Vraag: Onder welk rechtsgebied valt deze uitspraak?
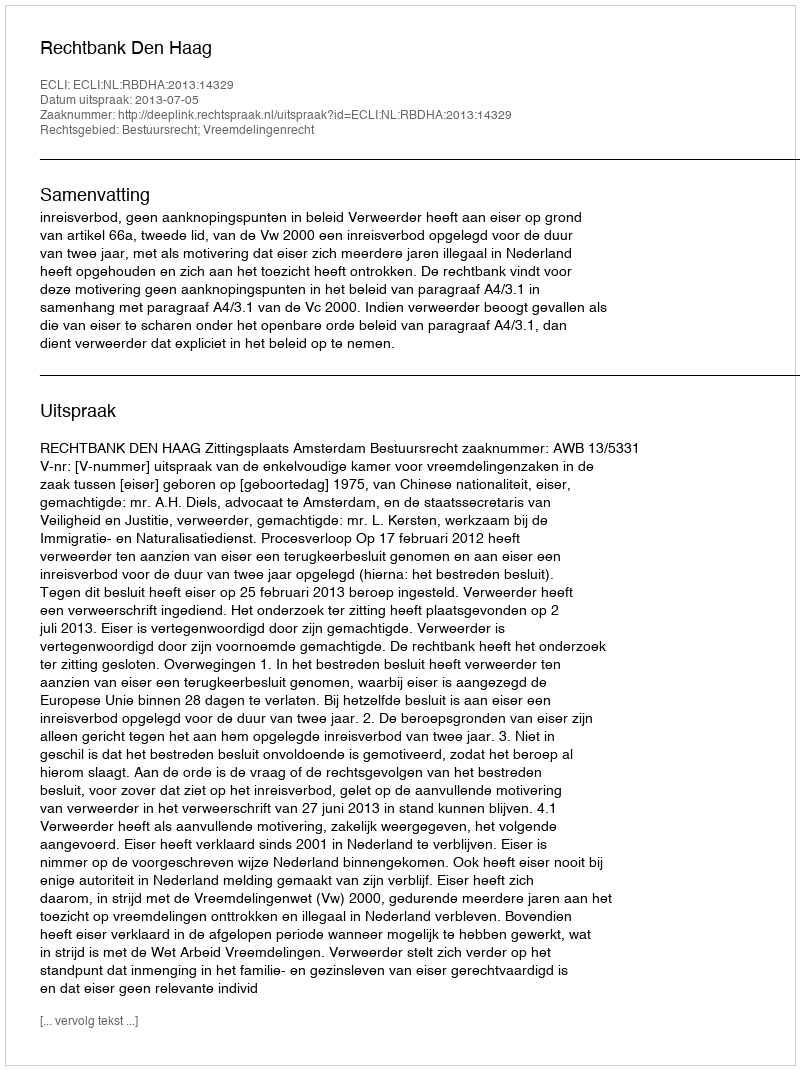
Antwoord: Bestuursrecht; Vreemdelingenrecht